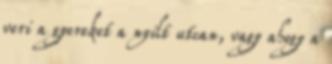
veri a gyereket a nyilt utcan, vagy ahogy a